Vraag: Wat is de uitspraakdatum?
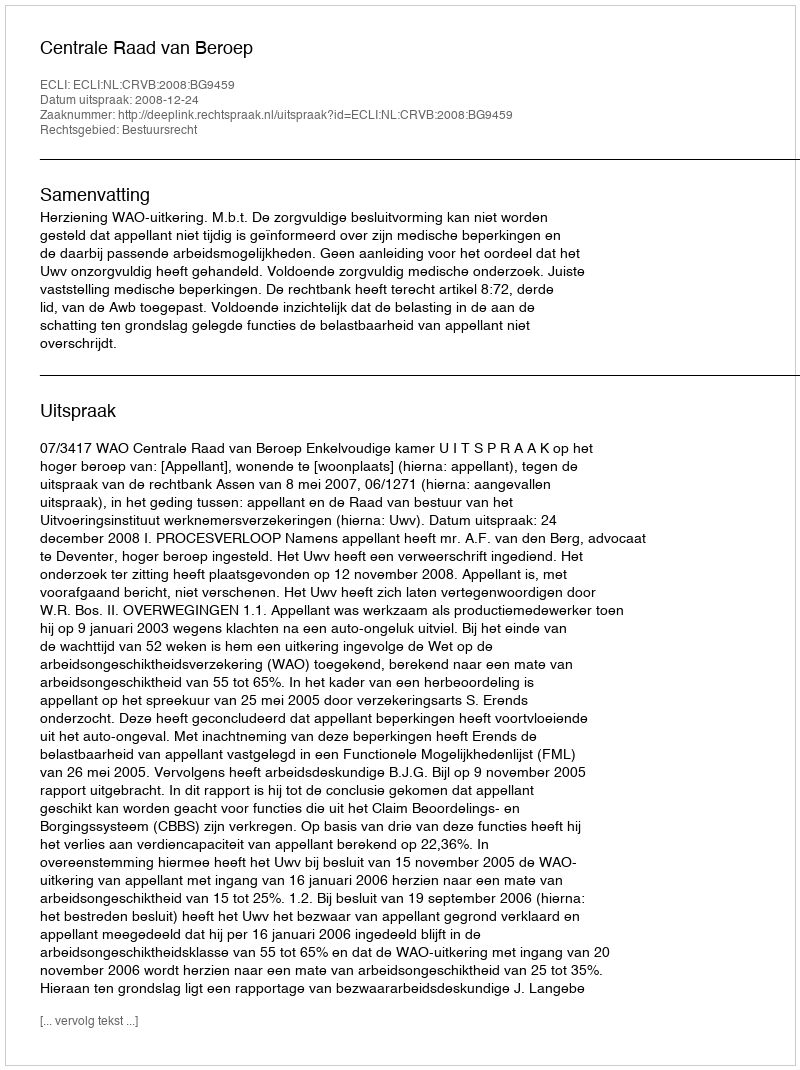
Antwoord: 2008-12-24